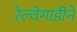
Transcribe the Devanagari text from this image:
रेल्वेगाडीने